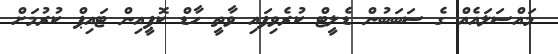
މައްސަލައެއް ގެ ސަބަބުން ޑެލީޓް ކުރެވިފައި ވާތީ ހާޑް ކޮޮޕީއިން ޓައިޕް ކުރުމަށް